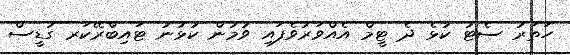
ހަތަރު ސެޓު ކުޅެ ދެ ޓީމް އެއްވަރުވެފައި ވުމުން ކުޅުނު ޓައިބްރޭކަރ ގުޑީސް